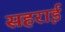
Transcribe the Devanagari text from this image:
सहराई